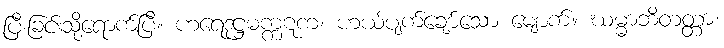
ပြီးခြင်းသို့ရောက်ပြီ။ ဟရေဒုဋ္ဌမက္ကဋက၊ ဟယ်ပျက်ချော်သော မျောက်။ ဃမ္မာဘိတတ္တာ၊